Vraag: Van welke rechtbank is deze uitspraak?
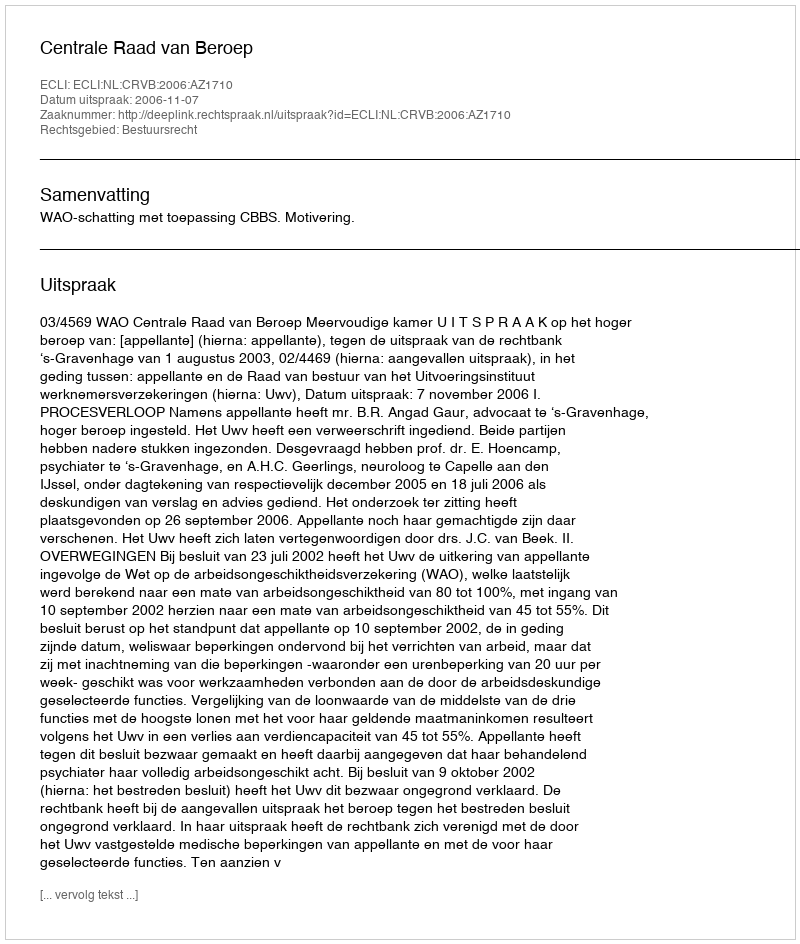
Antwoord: Centrale Raad van Beroep